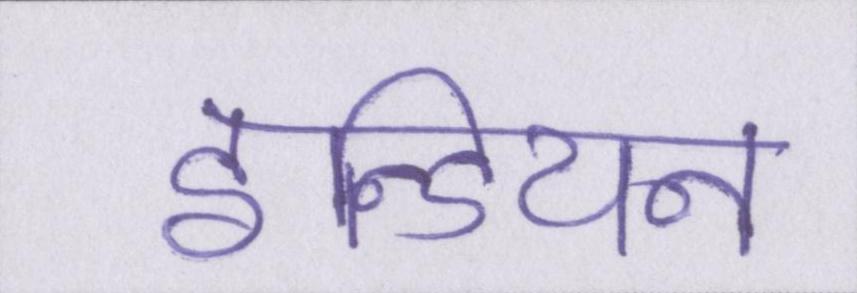
इन्डियन